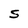
Character: S